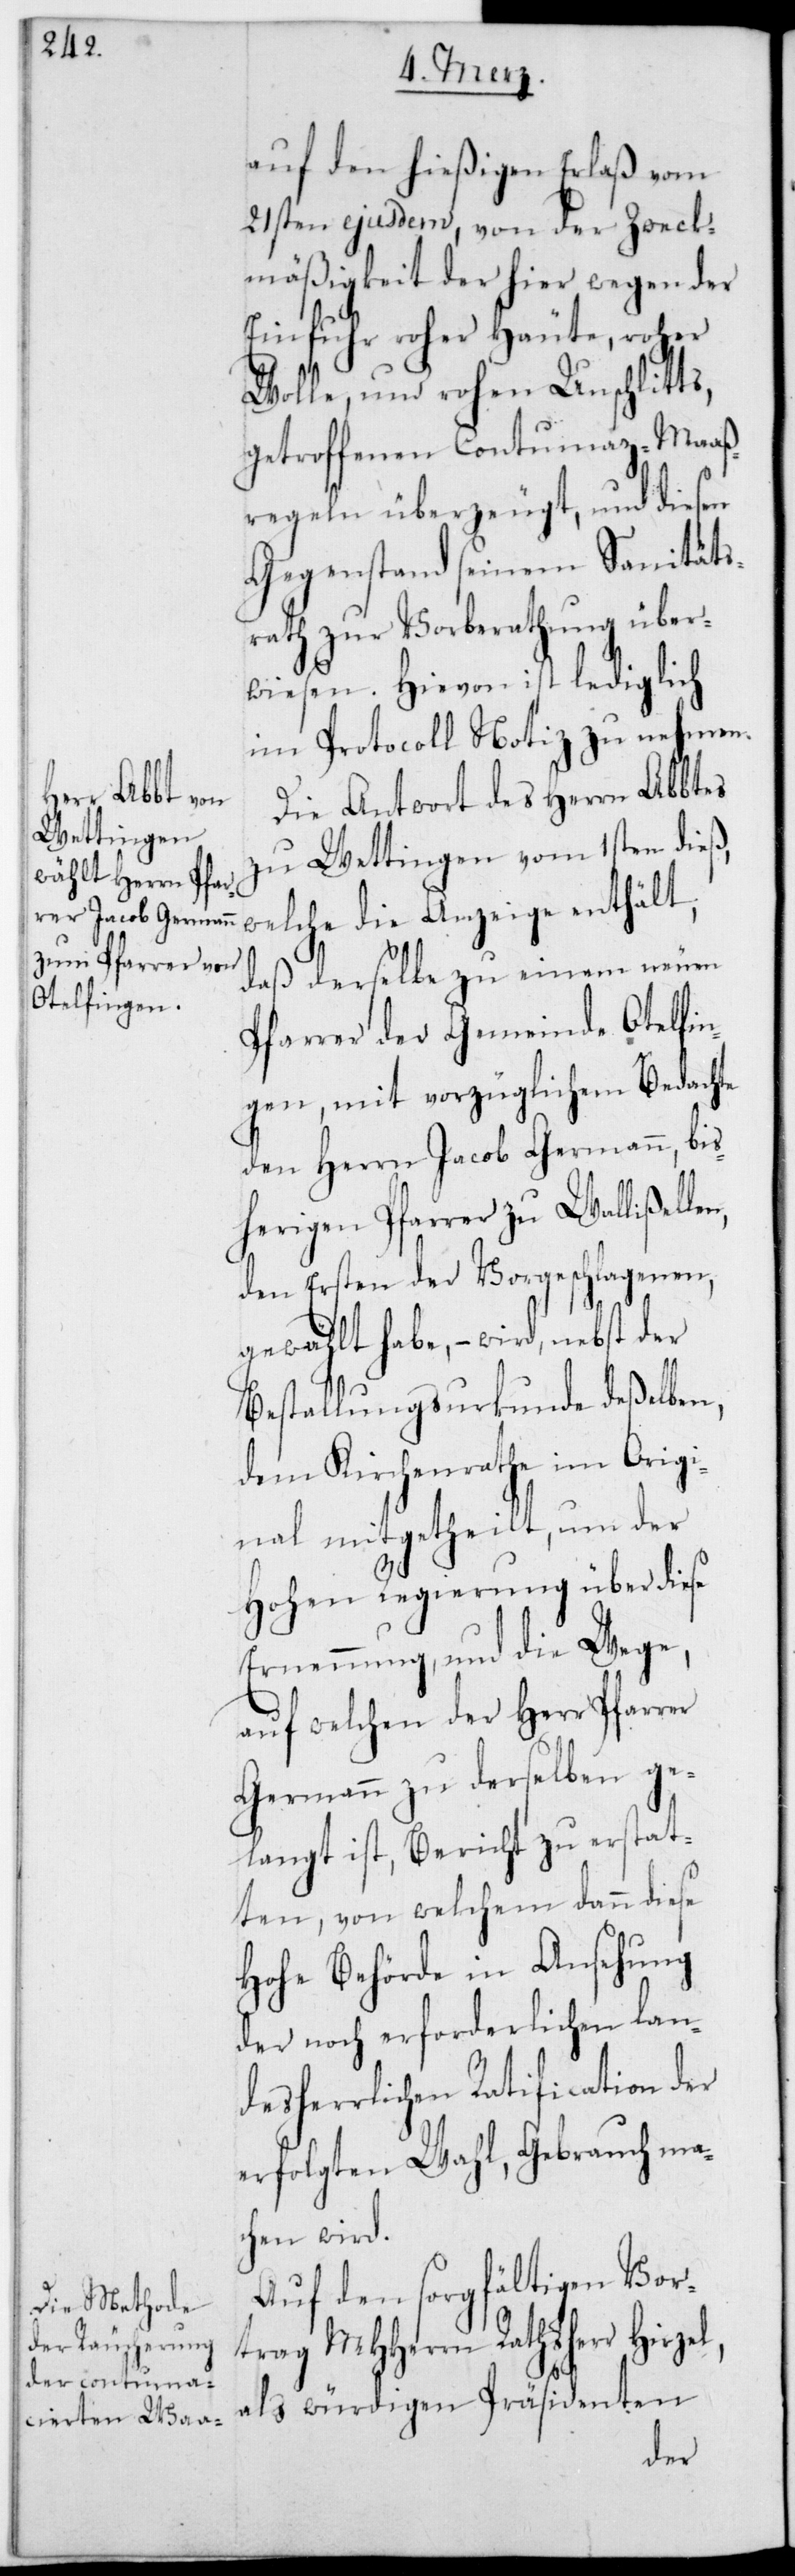
n,

auf den hießigen Erlaß vom
21sten ejusdem, von der Zweck¬
mäßigkeit der hier wegen der
Einfuhr roher Häute, roher
Wolle, und rohen Unschlitts,
getroffenen Contumaz-Maaß¬
regeln überzeugt, und diesen
Gegenstand seinem Sanitäts¬
rath zur Vorberathung über¬
wiesen. Hievon ist lediglich
im Protocoll Notiz zu nehmen.
Die Antwort des Herrn Abtes
zu Wettingen vom 1sten dieß,
welche die Anzeige enthält,
daß derselbe zu einem neuen
Pfarrer der Gemeinde Otelfin¬
gen, mit vorzüglichem Bedachte
dem Herrn Jacob Germann, bis¬
herigen Pfarrer zu Walliselle¬
den ersten der Vorgeschlagenen,
gewählt habe, – wird nebst der
Bestallungsurkunde deßelben,
dem Kirchenrathe im Origi¬
nal mitgetheilt, um der
Hohen Regierung über diese
Ernennung und die Wege,
auf welchen der Herr Pfarrer
Germann zu derselben ge¬
langt ist, Bericht zu erstat¬
ten, von welchem dann diese
Hohe Behörde in Ansehung
der noch erforderlichen lan¬
desherrlichen Ratification der
erfolgten Wahl, Gebrauch ma¬
chen wird.
Auf den sorgfältigen Vor¬
trag MHHerrn Rathsherr Hirzel,
als würdigen Präsidenten